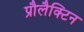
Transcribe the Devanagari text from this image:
प्रौलैक्टिन